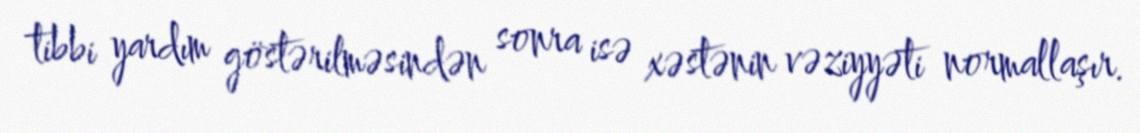
tibbi yardım göstərilməsindən sonra isə xəstənin vəziyyəti normallaşır.